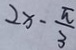
2 x - \frac { \pi } { 3 }